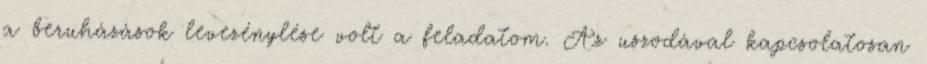
a beruházások levezénylése volt a feladatom. Az uszodával kapcsolatosan